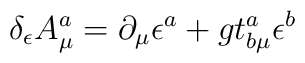
\delta_\epsilon A^a_\mu = \partial_\mu \epsilon^a+ g t^a_{b \mu} \epsilon^b